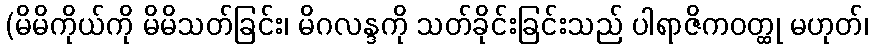
(မိမိကိုယ်ကို မိမိသတ်ခြင်း၊ မိဂလန္ဒကို သတ်ခိုင်းခြင်းသည် ပါရာဇိကဝတ္ထု မဟုတ်၊